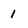
Character: 1